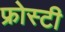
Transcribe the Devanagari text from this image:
फ्रोस्टी